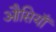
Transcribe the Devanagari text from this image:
औसियाँ